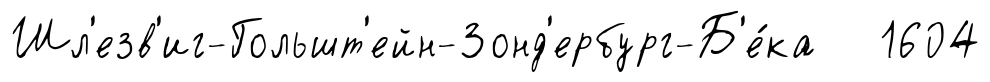
Шл'езв'иг-Гольшт'ейн-Зонд'ербург-Б'е́ка 1604